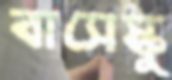
বাসেস্কু